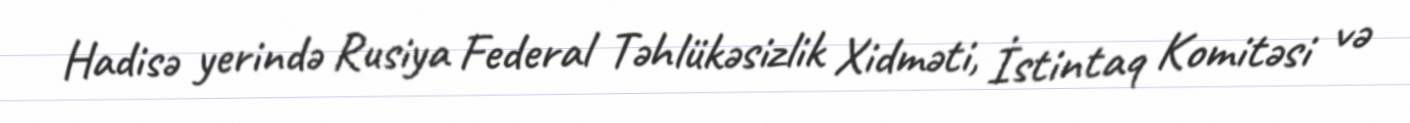
Hadisə yerində Rusiya Federal Təhlükəsizlik Xidməti, İstintaq Komitəsi və